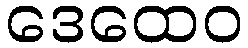
ဒေထေဝ